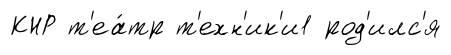
КНР т'еа́тр т'ехн'ик'и1 род'илс'я